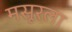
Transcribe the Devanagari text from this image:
मसूरला